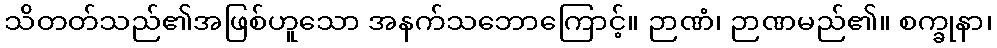
သိတတ်သည်၏အဖြစ်ဟူသော အနက်သဘောကြောင့်။ ဉာဏံ၊ ဉာဏမည်၏။ စက္ခုနာ၊